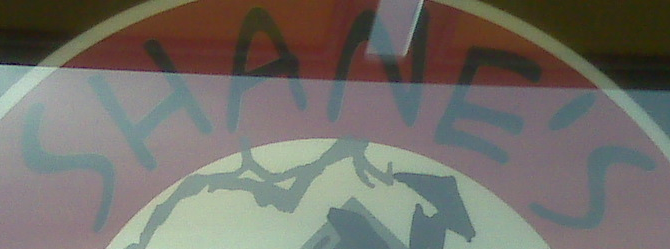
SHANE'S